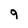
Character: 9